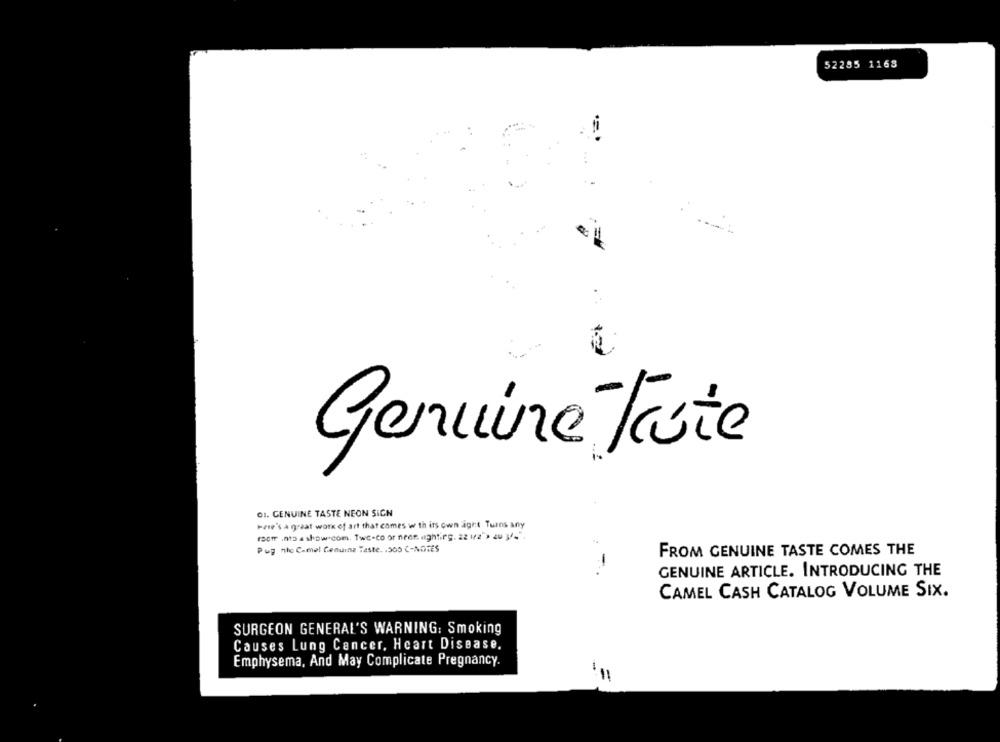
52285 1168
Genuine Feste
01. GENUINE TASTE NEON SIGN
Paie's a great work of art that comes with its own aght Turns any
racm into a show.com. Twc-co or neon nighting. 22 1/2"> zu 31"
Pug nic Camel Genuine Taste. . 305 C-NOTES
FROM GENUINE TASTE COMES THE
..
GENUINE ARTICLE. INTRODUCING THE
CAMEL CASH CATALOG VOLUME SIX.
SURGEON GENERAL'S WARNING: Smoking
Causes Lung Cancer, Heart Disease.
Emphysema, And May Complicate Pregnancy.
-